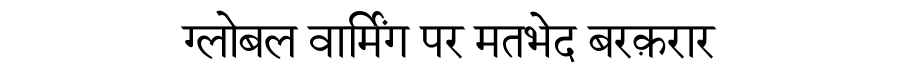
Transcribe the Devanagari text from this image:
ग्लोबल वार्मिंग पर मतभेद बरक़रार